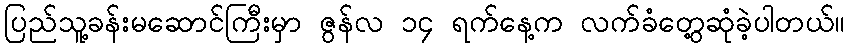
ပြည်သူ့ခန်းမဆောင်ကြီးမှာ ဇွန်လ ၁၄ ရက်နေ့က လက်ခံတွေ့ဆုံခဲ့ပါတယ်။